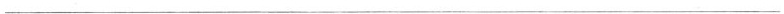
___